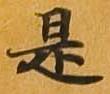
是